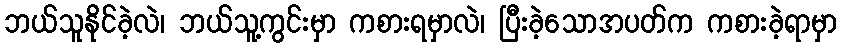
ဘယ်သူနိုင်ခဲ့လဲ၊ ဘယ်သူ့ကွင်းမှာ ကစားရမှာလဲ၊ ပြီးခဲ့သောအပတ်က ကစားခဲ့ရာမှာ